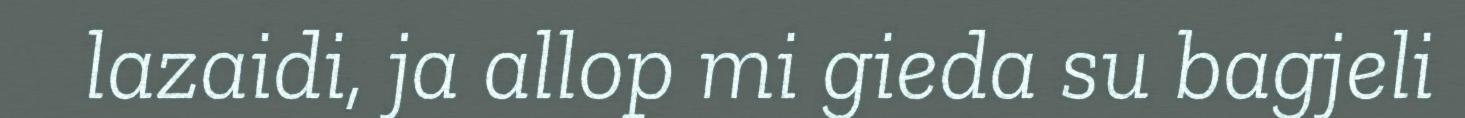
lazaidi, ja allop mi gieda su bagjeli